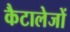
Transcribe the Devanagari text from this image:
कैटालेजों